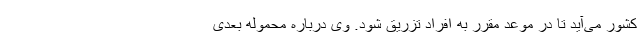
کشور می‌آید تا در موعد مقرر به افراد تزریق شود. وی درباره محموله بعدی